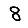
Digit: 8